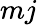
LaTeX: mj